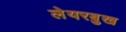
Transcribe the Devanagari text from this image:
लेयरबुख